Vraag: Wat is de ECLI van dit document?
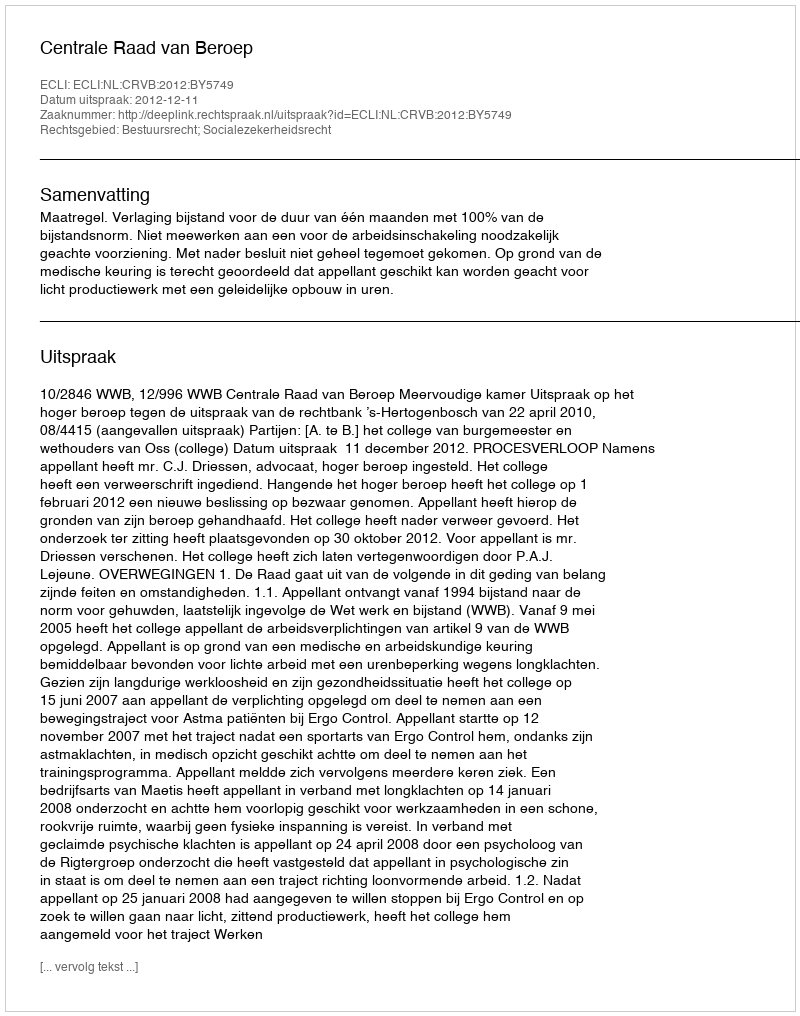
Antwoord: ECLI:NL:CRVB:2012:BY5749